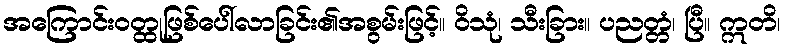
အကြောင်းဝတ္ထုဖြစ်ပေါ်လာခြင်း၏အစွမ်းဖြင့်။ ဝိသုံ၊ သီးခြား။ ပညတ္တံ၊ ပြီ။ ဣတိ၊